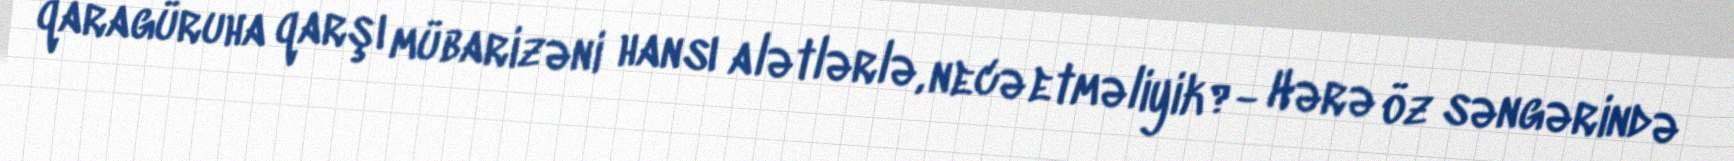
qaragüruha qarşı mübarizəni hansı alətlərlə, necə etməliyik?- Hərə öz səngərində